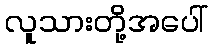
လူသားတို့အပေါ်